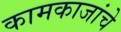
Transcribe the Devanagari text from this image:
कामकाजांचे